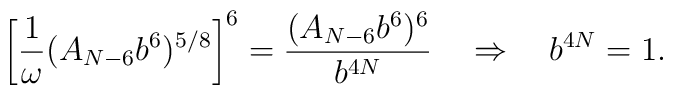
\left[\frac{1}{\omega} (A_{N-6}b^6)^{5/8}\right]^6=\frac{( A_{N-6}b^6)^6}{b^{4N}}\quad \Rightarrow \quad b^{4N}=1.